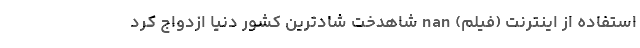
استفاده از اینترنت (فیلم) nan شاهدخت شادترین کشور دنیا ازدواج کرد